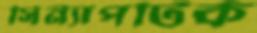
সিন্যাপটিক